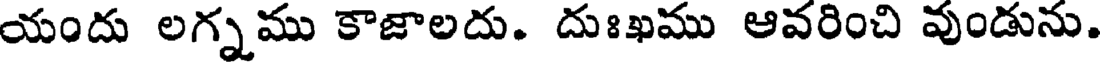
యందు లగ్నము కాజాలదు. దుఃఖము ఆవరించి వుండును.